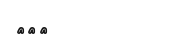
١٠٧